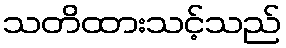
သတိထားသင့်သည်